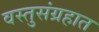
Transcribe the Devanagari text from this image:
वस्तुसंग्रहात